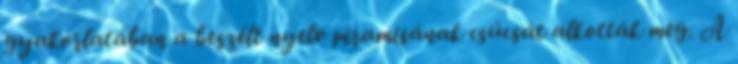
gyakorlatában a beszélt nyelv piramisának csúcsát alkották meg. A